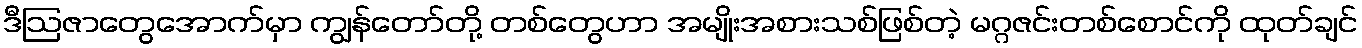
ဒီဩဇာတွေအောက်မှာ ကျွန်တော်တို့ တစ်တွေဟာ အမျိုးအစားသစ်ဖြစ်တဲ့ မဂ္ဂဇင်းတစ်စောင်ကို ထုတ်ချင်